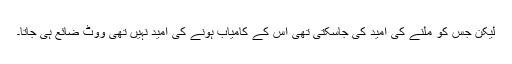
لیکن جس کو ملنے کی امید کی جاسکتی تھی اس کے کامیاب ہونے کی امید نہیں تھی ووٹ ضائع ہی جاتا۔